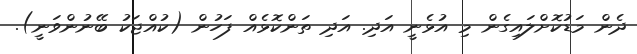
ދެން މަޑުކޮށްލައިގެން މި އުޅެނީ އަދި. އަދި ތަންކޮޅެއް ފަހުން (ކުއްޖަކު ބޭނުންވަނީ).